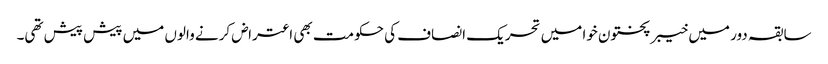
سابقہ دور میں خیبر پختون خوا میں تحریک انصاف کی حکومت بھی اعتراض کرنے والوں میں پیش پیش تھی۔